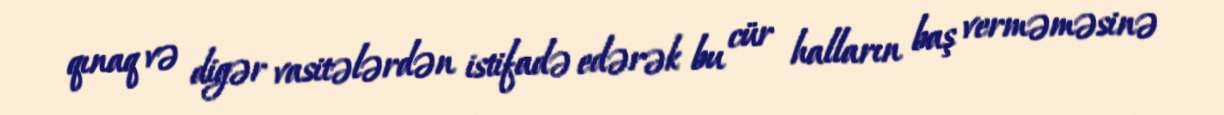
qınaq və digər vasitələrdən istifadə edərək bu cür halların baş verməməsinə